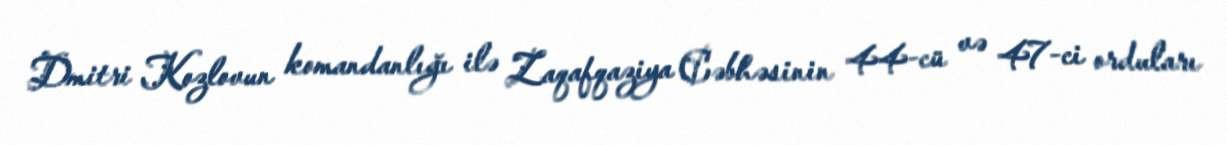
Dmitri Kozlovun komandanlığı ilə Zaqafqaziya Cəbhəsinin 44-cü və 47-ci orduları